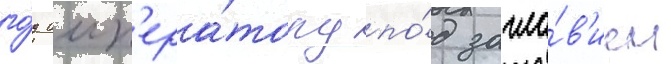
го́д имп'ера́тору по́д загла́в'ием